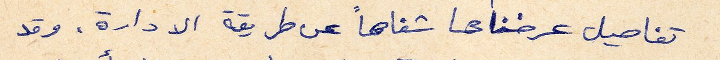
تفاصيل عرضناها شفاهاً عن طريق الادارة . وقد